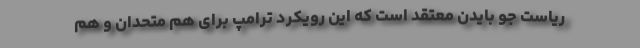
ریاست جو بایدن معتقد است که این رویکرد ترامپ برای هم متحدان و هم